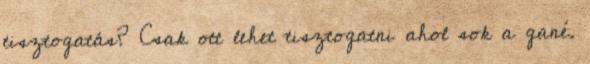
tisztogatás? Csak ott lehet tisztogatni ahol sok a gané.